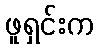
ဖူရှင်းက